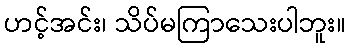
ဟင့်အင်း၊ သိပ်မကြာသေးပါဘူး။